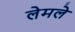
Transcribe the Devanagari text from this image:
लेमले